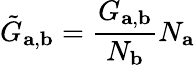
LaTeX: \tilde{G}_{\mathbf{a},\mathbf{b}}=\frac{G_{\mathbf{a},\mathbf{b}}}{N_{\mathbf{b}}}N_{\mathbf{a}}